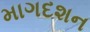
માગદશન